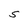
Character: S